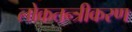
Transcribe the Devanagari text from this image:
लोकतन्‍त्रीकरण